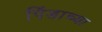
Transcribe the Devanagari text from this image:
पिंडाच्या